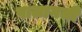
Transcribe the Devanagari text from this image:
पालागली